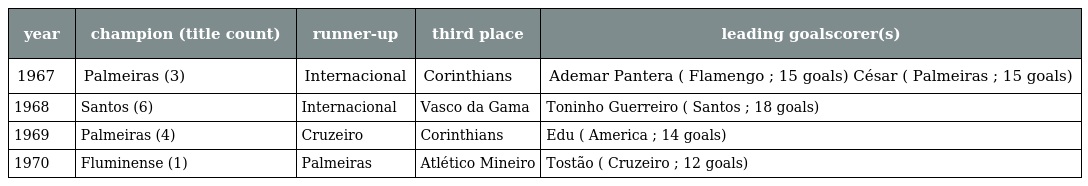
| year | champion (title count) | runner-up | third place | leading goalscorer(s) |
 | --- | --- | --- | --- | --- |
 | 1967 | Palmeiras (3) | Internacional | Corinthians | Ademar Pantera ( Flamengo ; 15 goals) César ( Palmeiras ; 15 goals) |
 | 1968 | Santos (6) | Internacional | Vasco da Gama | Toninho Guerreiro ( Santos ; 18 goals) |
 | 1969 | Palmeiras (4) | Cruzeiro | Corinthians | Edu ( America ; 14 goals) |
 | 1970 | Fluminense (1) | Palmeiras | Atlético Mineiro | Tostão ( Cruzeiro ; 12 goals) |